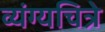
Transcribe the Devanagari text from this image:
व्यंग्यचित्रे